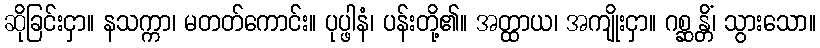
ဆိုခြင်းငှာ။ နသက္ကာ၊ မတတ်ကောင်း။ ပုပ္ဖါနံ၊ ပန်းတို့၏။ အတ္ထာယ၊ အကျိုးငှာ။ ဂစ္ဆန္တိံ၊ သွားသော။